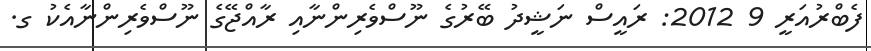
ފެބްރުއަރީ 9 2012: ރައީސް ނަޝީދު ބޭރުގެ ނޫސްވެރިންނާއި ރާއްޖޭގެ ނޫސްވެރިންނާއެކު ގ.